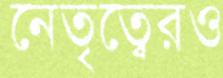
নেতৃত্বেরও